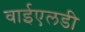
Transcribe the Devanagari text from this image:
वाईएलडी